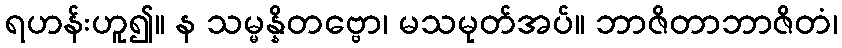
ရဟန်းဟူ၍။ န သမ္မန္နိတဗ္ဗော၊ မသမုတ်အပ်။ ဘာဇိတာဘာဇိတံ၊